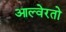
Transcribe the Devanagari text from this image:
आल्वेरतो